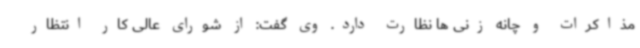
مذاکرات و چانه زنی ها نظارت دارد. وی گفت: از شورای عالی کار انتظار